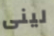
لينى